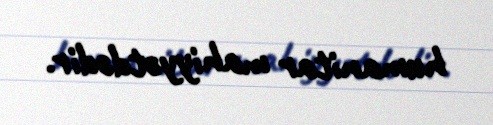
humanitar mahiyyətdədir.